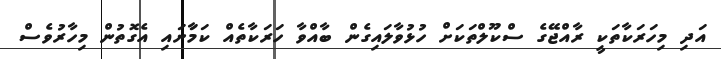
އަދި މިހަރަކާތަކީ ރާއްޖޭގެ ސްކޫލްތަކަށް ހުޅުވާލައިގެން ބާއްވާ ހަރަކާތެއް ކަމަާށައި އެގޮތުން މިހާރުވެސް